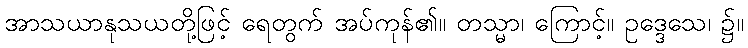
အာသယာနုသယတို့ဖြင့် ရေတွက် အပ်ကုန်၏။ တသ္မာ၊ ကြောင့်။ ဥဒ္ဒေသေ၊ ၌။